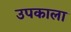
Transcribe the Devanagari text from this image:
उपकाला